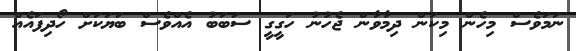
ނަމަވެސް މިހެން މިކަން ދިމާވާން ޖެހުނު ހަގީގީ ސަބަބު އެއްވެސް ބަޔަކަށް ހޯދިފައެއް